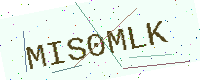
Text: MIS0MLK